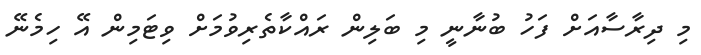
މި ދިރާސާއަށް ފަހު ބުނާނީ މި ބަލިން ރައްކާތެރިވުމަށް ވިޓަމިން އޭ ހިމެނޭ